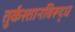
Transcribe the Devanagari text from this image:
तुर्कस्तानविरूद्ध